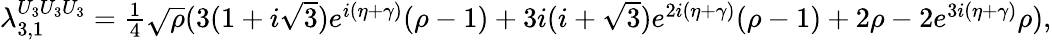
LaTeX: \begin{array}{r}{\lambda_{3,1}^{U_{3}U_{3}U_{3}}=\frac{1}{4}\sqrt{\rho}(3(1+i\sqrt{3})e^{i(\eta+\gamma)}(\rho-1)+3i(i+\sqrt{3})e^{2i(\eta+\gamma)}(\rho-1)+2\rho-2e^{3i(\eta+\gamma)}\rho),}\end{array}